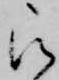
被